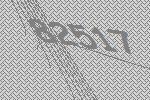
82517